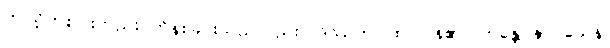
ဤသို့တစ်ပါးတည်း ကိန်းခြင်းသည်လည်း။ ဒိဿတိ၊ ထင်ပြန်၏။ ဘန္တေ နာဂသေန၊